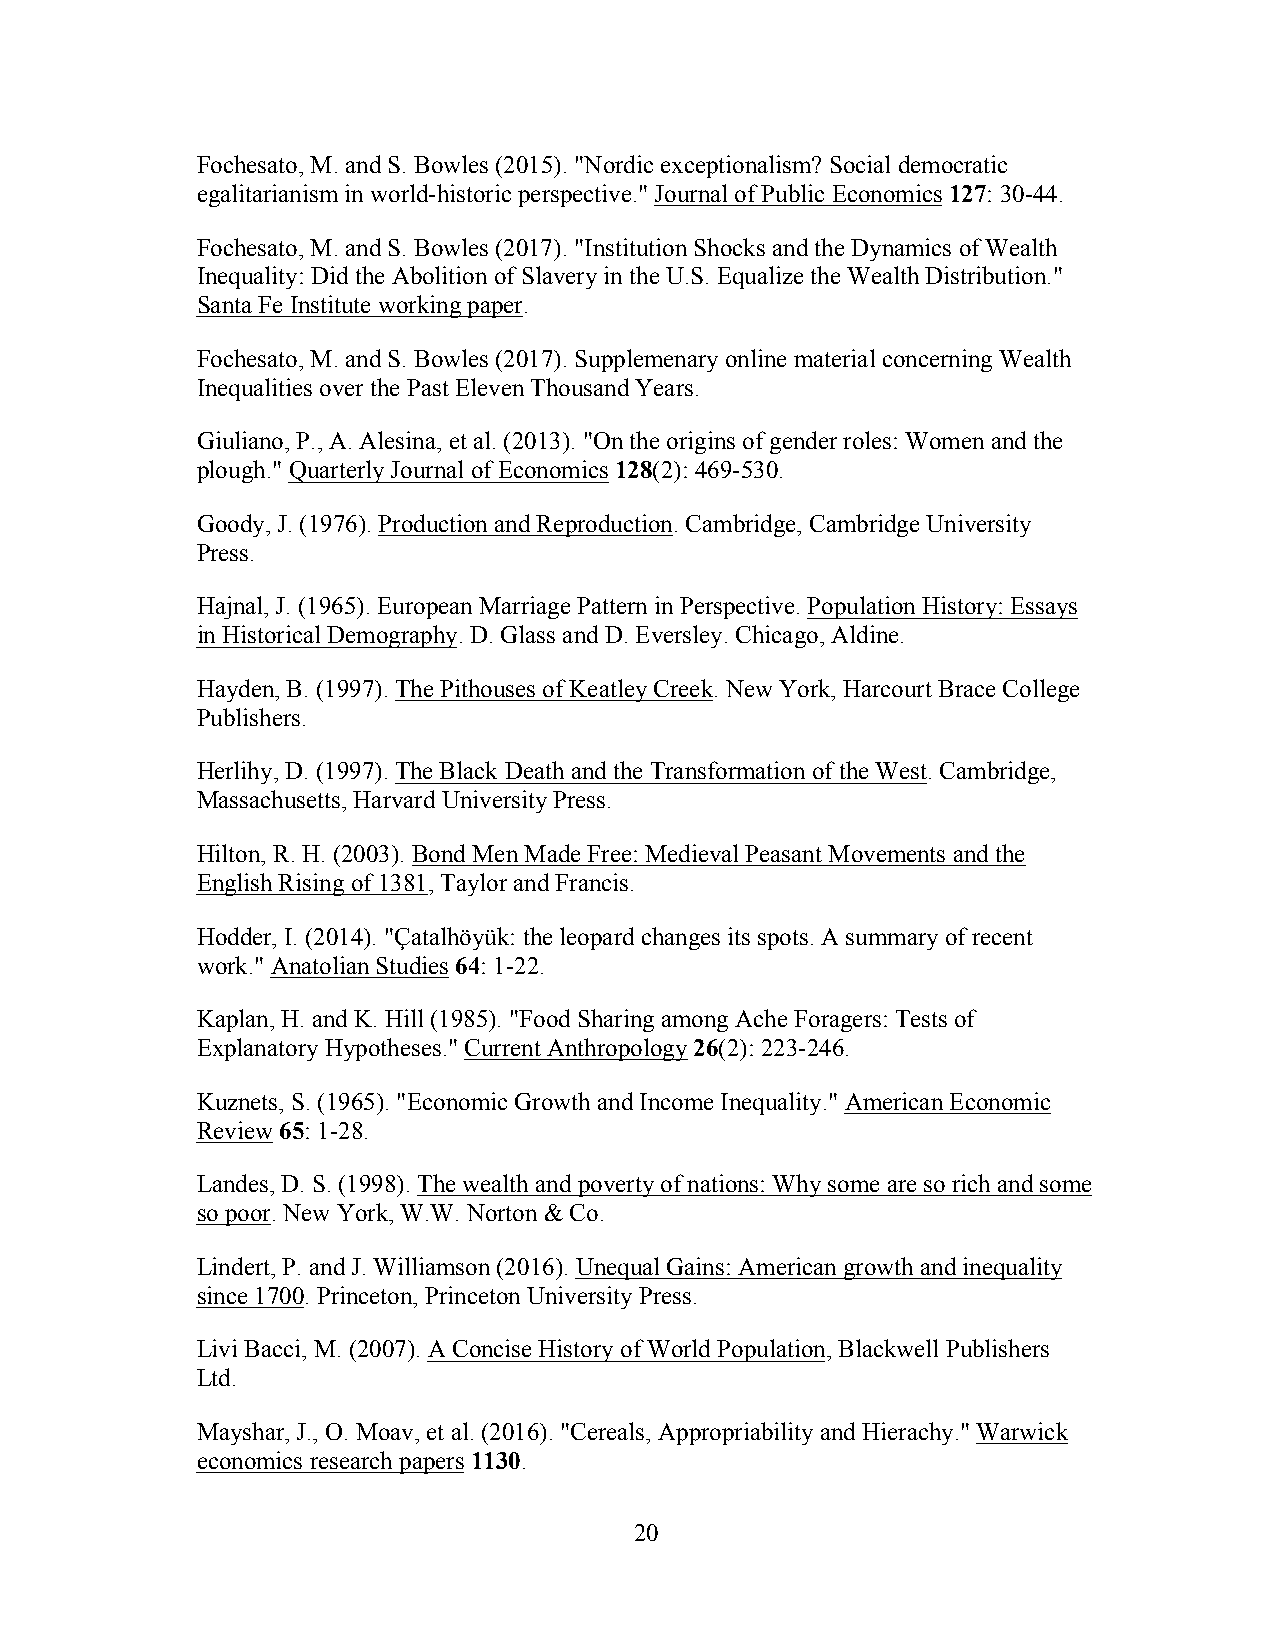
Fochesato, M. and S. Bowles (2015). "Nordic exceptionalism? Social democratic
 egalitarianism in world-historic perspective." Journal of Public Economics 127: 30-44.
 Fochesato, M. and S. Bowles (2017). "Institution Shocks and the Dynamics of Wealth
 Inequality: Did the Abolition of Slavery in the U.S. Equalize the Wealth Distribution."
 Santa Fe Institute working paper.
 Fochesato, M. and S. Bowles (2017). Supplemenary online material concerning Wealth
 Inequalities over the Past Eleven Thousand Years.
 Giuliano, P., A. Alesina, et al. (2013). "On the origins of gender roles: Women and the
 plough." Quarterly Journal of Economics 128(2): 469-530.
 Goody, J. (1976). Production and Reproduction. Cambridge, Cambridge University
 Press.
 Hajnal, J. (1965). European Marriage Pattern in Perspective. Population History: Essays
 in Historical Demography. D. Glass and D. Eversley. Chicago, Aldine.
 Hayden, B. (1997). The Pithouses of Keatley Creek. New York, Harcourt Brace College
 Publishers.
 Herlihy, D. (1997). The Black Death and the Transformation of the West. Cambridge,
 Massachusetts, Harvard University Press.
 Hilton, R. H. (2003). Bond Men Made Free: Medieval Peasant Movements and the
 English Rising of 1381, Taylor and Francis.
 Hodder, I. (2014). "Çatalhöyük: the leopard changes its spots. A summary of recent
 work." Anatolian Studies 64: 1-22.
 Kaplan, H. and K. Hill (1985). "Food Sharing among Ache Foragers: Tests of
 Explanatory Hypotheses." Current Anthropology 26(2): 223-246.
 Kuznets, S. (1965). "Economic Growth and Income Inequality." American Economic
 Review 65: 1-28.
 Landes, D. S. (1998). The wealth and poverty of nations: Why some are so rich and some
 so poor. New York, W.W. Norton & Co.
 Lindert, P. and J. Williamson (2016). Unequal Gains: American growth and inequality
 since 1700. Princeton, Princeton University Press.
 Livi Bacci, M. (2007). A Concise History of World Population, Blackwell Publishers
 Ltd.
 Mayshar, J., O. Moav, et al. (2016). "Cereals, Appropriability and Hierachy." Warwick
 economics research papers 1130.
 20